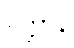
ပုတ္တာနိ